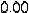
0.00